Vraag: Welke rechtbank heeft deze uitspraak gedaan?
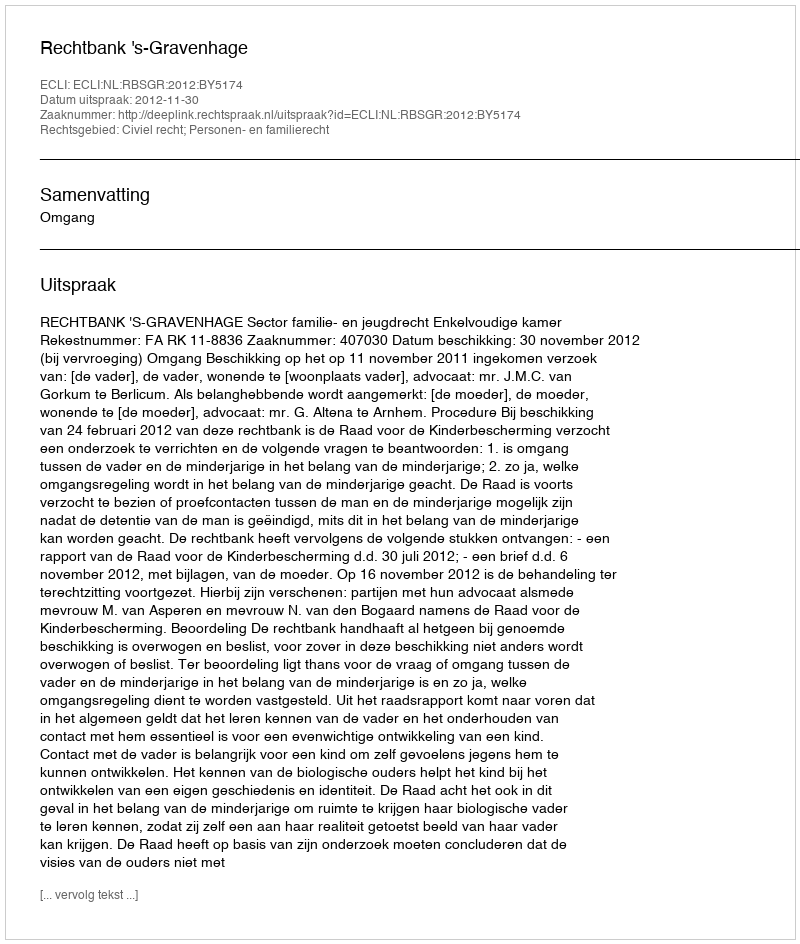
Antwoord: Rechtbank 's-Gravenhage